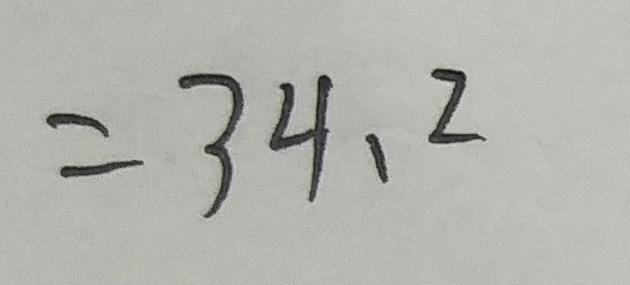
= 3 4 . 2